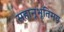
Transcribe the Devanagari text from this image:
सहानूभूतिमय